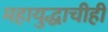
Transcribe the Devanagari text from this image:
महायुद्धाचीही